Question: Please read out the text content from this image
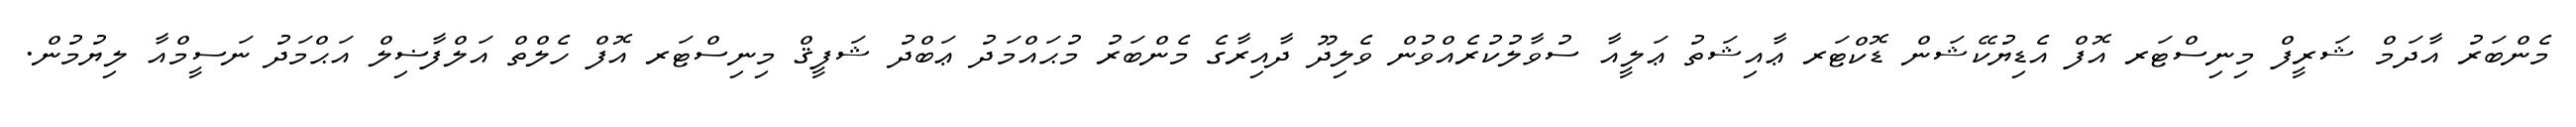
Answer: މެންބަރު އާދަމް ޝަރީފް މިނިސްޓަރ އޮފް އެޑިޔުކޭޝަން ޑޮކްޓަރ ޢާއިޝަތު ޢަލީއާ ސުވާލުކުރެއްވުން ވެލިދޫ ދާއިރާގެ މެންބަރު މުޙައްމަދު ޢަބްދު ޝަފީޤް މިނިސްޓަރ އޮފް ހެލްތް އަލްފާޟިލް އަޙްމަދު ނަސީމްއާ ލިޔުމުން.